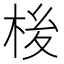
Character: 𪲏